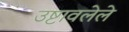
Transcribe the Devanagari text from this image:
उष्टावलेले